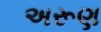
અરૂણ